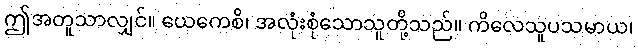
ဤအတူသာလျှင်။ ယေကေစိ၊ အလုံးစုံသောသူတို့သည်။ ကိလေသူပသမာယ၊